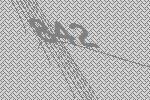
842